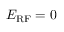
E _ { \mathrm { R F } } = 0